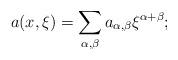
LaTeX: \begin{align*}a(x,\xi )=\sum_{\alpha ,\beta }a_{\alpha ,\beta }\xi ^{\alpha +\beta };\end{align*}